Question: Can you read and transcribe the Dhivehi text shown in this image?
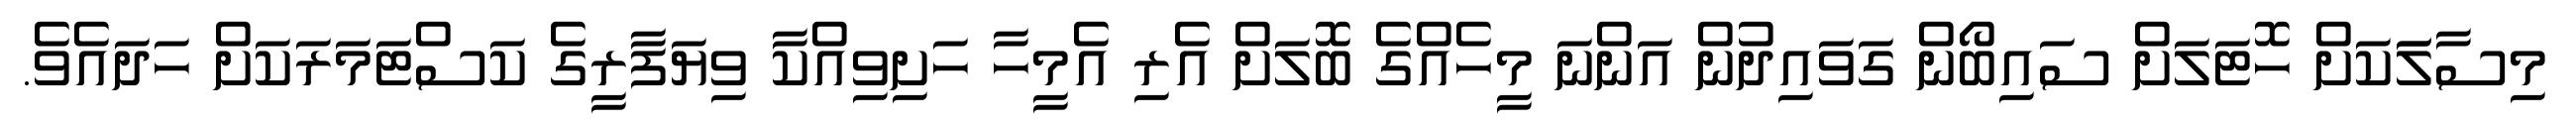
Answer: މިސާލަަކަށް ހޮޓަލަށް ސައިބޯން ގަވައިދުން އަންނަ މީހެއްގެ ބޮލަށް އެރި އެމީހާ ހަށިވިއްކާ ވިޔަފާރީގެ ކަސްޓަމަރަކަށް ހަދައެވެ.